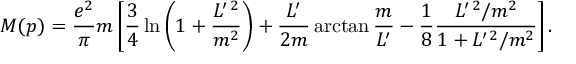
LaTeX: M ( p ) = \frac { e ^ { 2 } } { \pi } m \left[ \frac 3 4 \ln \left( 1 + \frac { L ^ { \prime \, 2 } } { m ^ { 2 } } \right) + \frac { L ^ { \prime } } { 2 m } \arctan \frac m { L ^ { \prime } } - \frac 1 8 \frac { L ^ { \prime \, 2 } / m ^ { 2 } } { 1 + L ^ { \prime \, 2 } / m ^ { 2 } } \right] .